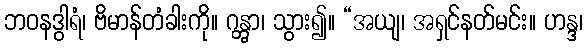
ဘဝနဒွါရံ၊ ဗိမာန်တံခါးကို။ ဂန္တွာ၊ သွား၍။ “အယျ၊ အရှင်နတ်မင်း။ ဟန္ဒ၊